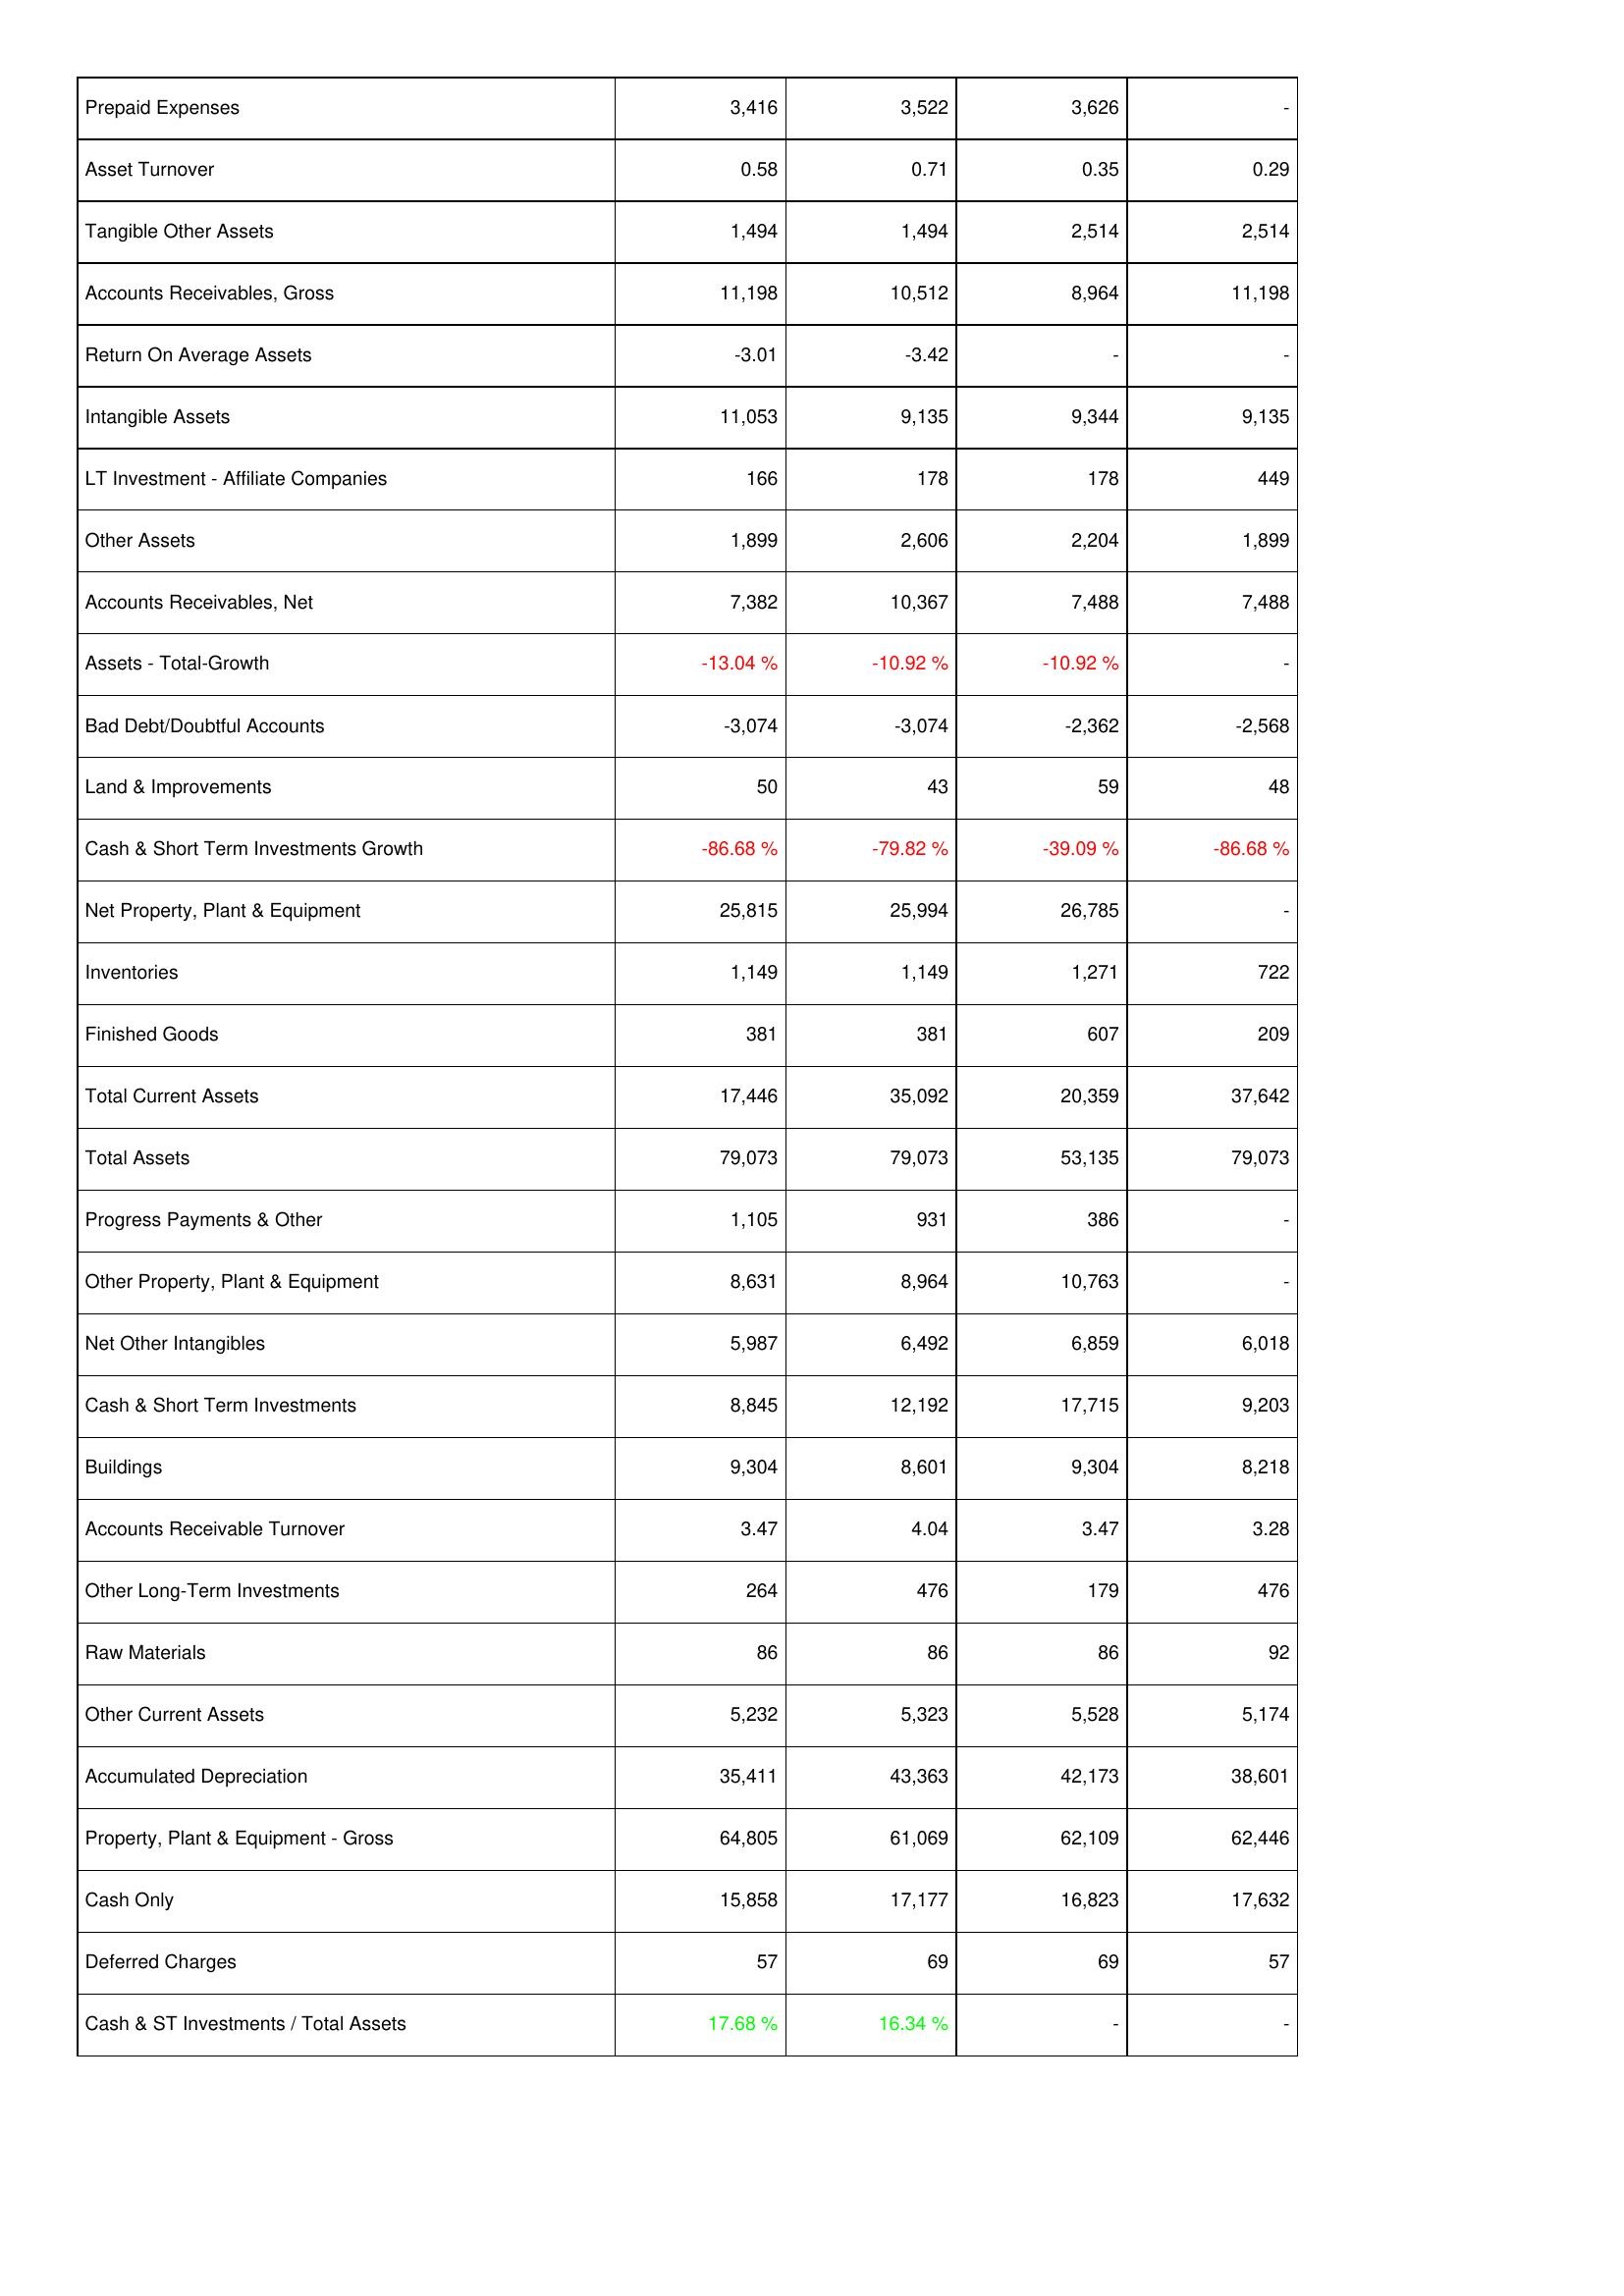
2016: Assets: Prepaid Expenses: 3,416
Asset Turnover: 0.58
Tangible Other Assets: 1,494
Accounts Receivables, Gross: 11,198
Return On Average Assets: -3.01
Intangible Assets: 11,053
LT Investment - Affiliate Companies: 166
Other Assets: 1,899
Accounts Receivables, Net: 7,382
Assets - Total-Growth: -13.04 %
Bad Debt/Doubtful Accounts: -3,074
Land & Improvements: 50
Cash & Short Term Investments Growth: -86.68 %
Net Property, Plant & Equipment: 25,815
Inventories: 1,149
Finished Goods: 381
Total Current Assets: 17,446
Total Assets: 79,073
Progress Payments & Other: 1,105
Other Property, Plant & Equipment: 8,631
Net Other Intangibles: 5,987
Cash & Short Term Investments: 8,845
Buildings: 9,304
Accounts Receivable Turnover: 3.47
Other Long-Term Investments: 264
Raw Materials: 86
Other Current Assets: 5,232
Accumulated Depreciation: 35,411
Property, Plant & Equipment - Gross: 64,805
Cash Only: 15,858
Deferred Charges: 57
Cash & ST Investments / Total Assets: 17.68 %
2017: Assets: Prepaid Expenses: 3,522
Asset Turnover: 0.71
Tangible Other Assets: 1,494
Accounts Receivables, Gross: 10,512
Return On Average Assets: -3.42
Intangible Assets: 9,135
LT Investment - Affiliate Companies: 178
Other Assets: 2,606
Accounts Receivables, Net: 10,367
Assets - Total-Growth: -10.92 %
Bad Debt/Doubtful Accounts: -3,074
Land & Improvements: 43
Cash & Short Term Investments Growth: -79.82 %
Net Property, Plant & Equipment: 25,994
Inventories: 1,149
Finished Goods: 381
Total Current Assets: 35,092
Total Assets: 79,073
Progress Payments & Other: 931
Other Property, Plant & Equipment: 8,964
Net Other Intangibles: 6,492
Cash & Short Term Investments: 12,192
Buildings: 8,601
Accounts Receivable Turnover: 4.04
Other Long-Term Investments: 476
Raw Materials: 86
Other Current Assets: 5,323
Accumulated Depreciation: 43,363
Property, Plant & Equipment - Gross: 61,069
Cash Only: 17,177
Deferred Charges: 69
Cash & ST Investments / Total Assets: 16.34 %
2018: Assets: Prepaid Expenses: 3,626
Asset Turnover: 0.35
Tangible Other Assets: 2,514
Accounts Receivables, Gross: 8,964
Return On Average Assets: -
Intangible Assets: 9,344
LT Investment - Affiliate Companies: 178
Other Assets: 2,204
Accounts Receivables, Net: 7,488
Assets - Total-Growth: -10.92 %
Bad Debt/Doubtful Accounts: -2,362
Land & Improvements: 59
Cash & Short Term Investments Growth: -39.09 %
Net Property, Plant & Equipment: 26,785
Inventories: 1,271
Finished Goods: 607
Total Current Assets: 20,359
Total Assets: 53,135
Progress Payments & Other: 386
Other Property, Plant & Equipment: 10,763
Net Other Intangibles: 6,859
Cash & Short Term Investments: 17,715
Buildings: 9,304
Accounts Receivable Turnover: 3.47
Other Long-Term Investments: 179
Raw Materials: 86
Other Current Assets: 5,528
Accumulated Depreciation: 42,173
Property, Plant & Equipment - Gross: 62,109
Cash Only: 16,823
Deferred Charges: 69
Cash & ST Investments / Total Assets: -
2019: Assets: Prepaid Expenses: -
Asset Turnover: 0.29
Tangible Other Assets: 2,514
Accounts Receivables, Gross: 11,198
Return On Average Assets: -
Intangible Assets: 9,135
LT Investment - Affiliate Companies: 449
Other Assets: 1,899
Accounts Receivables, Net: 7,488
Assets - Total-Growth: -
Bad Debt/Doubtful Accounts: -2,568
Land & Improvements: 48
Cash & Short Term Investments Growth: -86.68 %
Net Property, Plant & Equipment: -
Inventories: 722
Finished Goods: 209
Total Current Assets: 37,642
Total Assets: 79,073
Progress Payments & Other: -
Other Property, Plant & Equipment: -
Net Other Intangibles: 6,018
Cash & Short Term Investments: 9,203
Buildings: 8,218
Accounts Receivable Turnover: 3.28
Other Long-Term Investments: 476
Raw Materials: 92
Other Current Assets: 5,174
Accumulated Depreciation: 38,601
Property, Plant & Equipment - Gross: 62,446
Cash Only: 17,632
Deferred Charges: 57
Cash & ST Investments / Total Assets: -